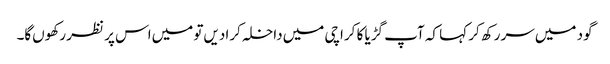
گود میں‌سر رکھ کر کہا کہ آپ گڑیا کا کراچی میں‌داخلہ کرا دیں‌تو میں‌اس پر نظر رکھوں‌گا۔